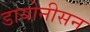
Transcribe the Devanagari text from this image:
डायोनीसन